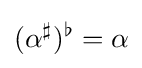
(\alpha ^{\sharp })^{\flat }=\alpha